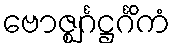
ဗောဇ္ဈင်္ဂဋ္ဌင်္ဂိကံ